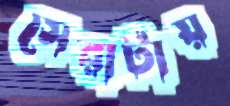
সেরাটায়